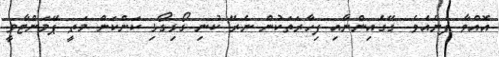
އޮއްވާ ފެނެއެވެ. ގޭގެއިންނާއި ފިހާރަތަކުން ނެރޭ ކުނި ގޯޅިގޯޅި ކަންކަން މަތީ ޕޭމަންޓާވީ